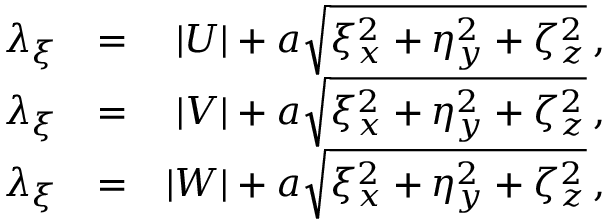
\begin{array} { r l r } { \lambda _ { \xi } } & { = } & { | U | + a \sqrt { \xi _ { x } ^ { 2 } + \eta _ { y } ^ { 2 } + \zeta _ { z } ^ { 2 } } \, \mathrm { , } } \\ { \lambda _ { \xi } } & { = } & { | V | + a \sqrt { \xi _ { x } ^ { 2 } + \eta _ { y } ^ { 2 } + \zeta _ { z } ^ { 2 } } \, \mathrm { , } } \\ { \lambda _ { \xi } } & { = } & { | W | + a \sqrt { \xi _ { x } ^ { 2 } + \eta _ { y } ^ { 2 } + \zeta _ { z } ^ { 2 } } \, \mathrm { , } } \end{array}